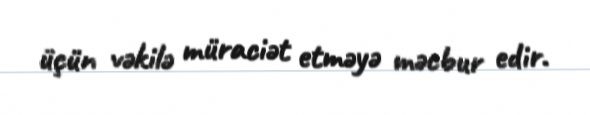
üçün vəkilə müraciət etməyə məcbur edir.